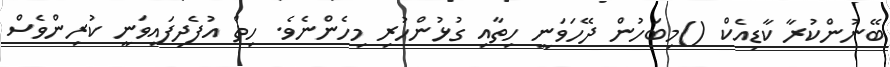
ބޭނުންކުރާ ކާޑިއެކް ()މިބަހުން ދޭހަވަނީ ހިތާއި ގުޅުންހުރި މިހެންނެވެ. ހިތް އުފެދިފައިވަނީ ކުރިންވެސް